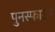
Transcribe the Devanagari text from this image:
पुनस्फाटन